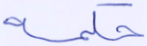
حكمه